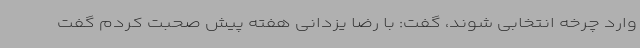
وارد چرخه انتخابی شوند، گفت: با رضا یزدانی هفته پیش صحبت کردم گفت